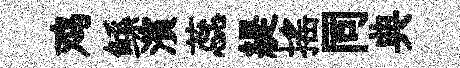
鸡鲧濱蕊緹搖同典